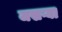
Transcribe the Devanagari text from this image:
जखऱ्या